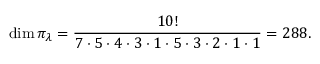
\dim \pi _ { \lambda } = { \frac { 1 0 ! } { 7 \cdot 5 \cdot 4 \cdot 3 \cdot 1 \cdot 5 \cdot 3 \cdot 2 \cdot 1 \cdot 1 } } = 2 8 8 .